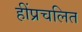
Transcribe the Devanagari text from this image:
हींप्रचलित